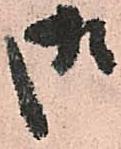
御